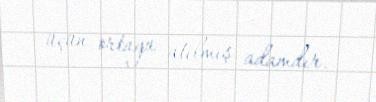
üçün ortaya atılmış adamdır.